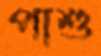
পাশু